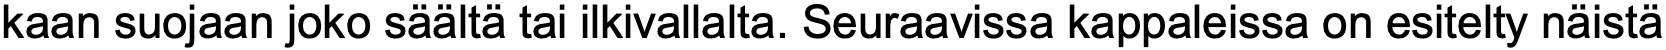
kaan suojaan joko säältä tai ilkivallalta. Seuraavissa kappaleissa on esitelty näistä